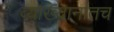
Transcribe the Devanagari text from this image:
व्याख्यानातच